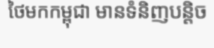
ថៃមកកម្ពុជា មានទំនិញបន្តិច